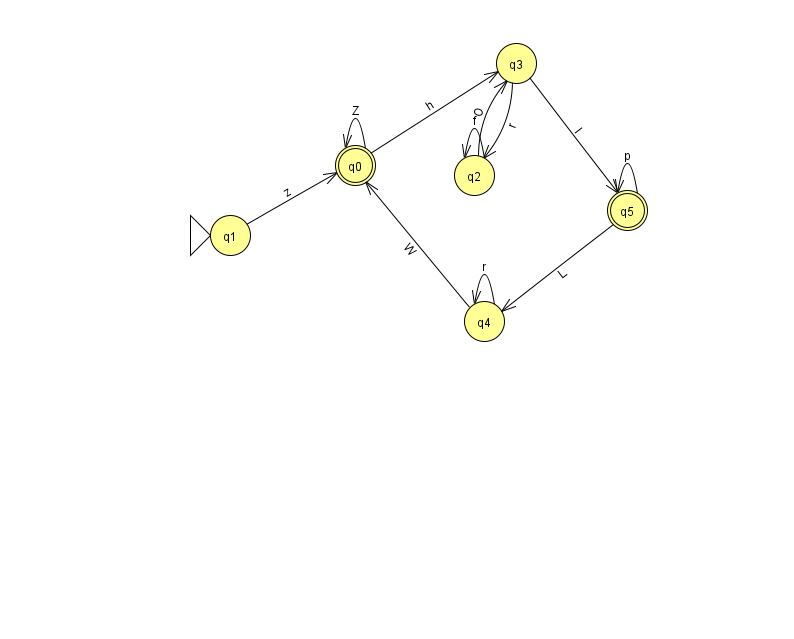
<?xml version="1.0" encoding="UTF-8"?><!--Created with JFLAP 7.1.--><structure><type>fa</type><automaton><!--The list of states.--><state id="0" name="q0"><x>355.0</x><y>152.0</y><final/></state><state id="1" name="q1"><x>230.0</x><y>222.0</y><initial/></state><state id="2" name="q2"><x>474.0</x><y>162.0</y></state><state id="3" name="q3"><x>516.0</x><y>50.0</y></state><state id="4" name="q4"><x>484.0</x><y>308.0</y></state><state id="5" name="q5"><x>627.0</x><y>197.0</y><final/></state><!--The list of transitions.--><transition><from>5</from><to>4</to><read>L</read></transition><transition><from>5</from><to>5</to><read>p</read></transition><transition><from>1</from><to>0</to><read>z</read></transition><transition><from>4</from><to>4</to><read>r</read></transition><transition><from>0</from><to>3</to><read>h</read></transition><transition><from>3</from><to>2</to><read>r</read></transition><transition><from>2</from><to>2</to><read>f</read></transition><transition><from>4</from><to>0</to><read>W</read></transition><transition><from>0</from><to>0</to><read>Z</read></transition><transition><from>2</from><to>3</to><read>O</read></transition><transition><from>3</from><to>5</to><read>I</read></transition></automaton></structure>